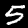
Label: 5